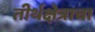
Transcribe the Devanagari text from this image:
तीर्थक्षेत्राचा